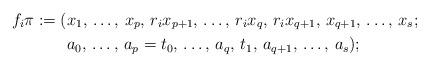
LaTeX: \begin{align*}f_i \pi := ( & x_1,\,\ldots,\,x_{p},\,r_ix_{p+1},\,\dots,\, r_ix_{q},\,r_ix_{q+1},\,x_{q+1},\,\ldots,\,x_s ; \\& a_0,\,\ldots,\,a_{p}=t_0,\,\ldots,\,a_{q},\,t_1,\, a_{q+1},\,\ldots,\,a_s);\end{align*}